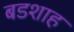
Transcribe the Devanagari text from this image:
बडशाह